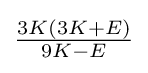
{\tfrac {3K(3K+E)}{9K-E}}